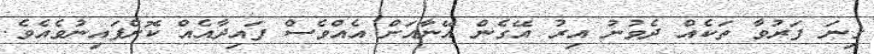
ގިނަ ފަރުވާ ތަކެއް ދެވުނު އިރު އޭގެން އޭނާއަށް އެއްވެސް ފައިދާއެއް ކޮށްފައިނުވެއެވެ.